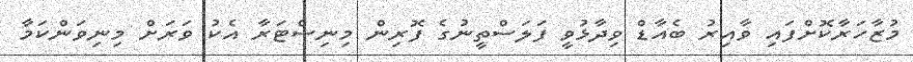
މުޒާހަރާކޮށްފައި ވާއިރު ބެއާޑް ވިދާޅުވީ ފަލަސްތީނުގެ ފޮރިން މިނިސްޓަރާ އެކު ވަރަށް މިނިވަންކަމާ